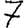
Digit: 7